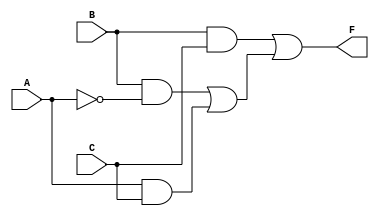
module Lab1_gatelevel(F,A,B,C);

	output F;
	input A,B,C;
	wire w1,w2,w3,w4,w5,w6;

	not		G1(w1,A);
	and		G2(w2,B,w1);
	and		G3(w3,A,C);
	and		G4(w4,B,C);
	or		G5(w5,w2,w3);
	or		G6(F,w4,w5);

endmodule